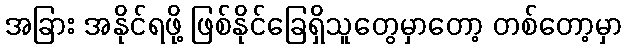
အခြား အနိုင်ရဖို့ ဖြစ်နိုင်ခြေရှိသူတွေမှာတော့ တစ်တော့မှာ